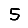
Digit: 5